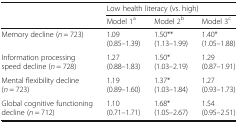
<table><thead><tr><td rowspan="2"></td><td colspan="3"><b>Low health literacy (vs. high)</b></td></tr><tr><td><b>Model 1<sup>a</sup></b></td><td><b>Model 2<sup>b</sup></b></td><td><b>Model 3<sup>c</sup></b></td></tr></thead><tbody><tr><td>Memory decline (<i>n</i> = 723)</td><td>1.09(0.85–1.39)</td><td>1.50**(1.13–1.99)</td><td>1.40*(1.05–1.88)</td></tr><tr><td>Information processing speed decline (<i>n</i> = 728)</td><td>1.27(0.88–1.83)</td><td>1.50*(1.03–2.19)</td><td>1.29(0.87–1.91)</td></tr><tr><td>Mental flexibility decline (<i>n</i> = 723)</td><td>1.19(0.89–1.60)</td><td>1.37*(1.03–1.84)</td><td>1.27(0.93–1.73)</td></tr><tr><td>Global cognitive functioning decline (<i>n</i> = 712)</td><td>1.10(0.71–1.71)</td><td>1.68*(1.05–2.67)</td><td>1.54(0.95–2.51)</td></tr></tbody></table>